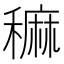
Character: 𥢂